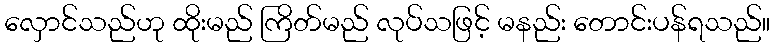
လှောင်သည်ဟု ထိုးမည် ကြိတ်မည် လုပ်သဖြင့် မနည်း တောင်းပန်ရသည်။